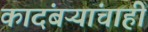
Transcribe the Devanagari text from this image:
कादंबऱ्यांचाही